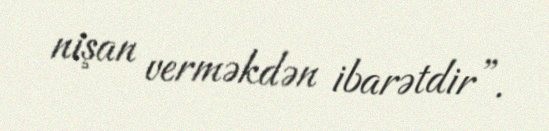
nişan verməkdən ibarətdir”.